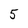
Character: 5